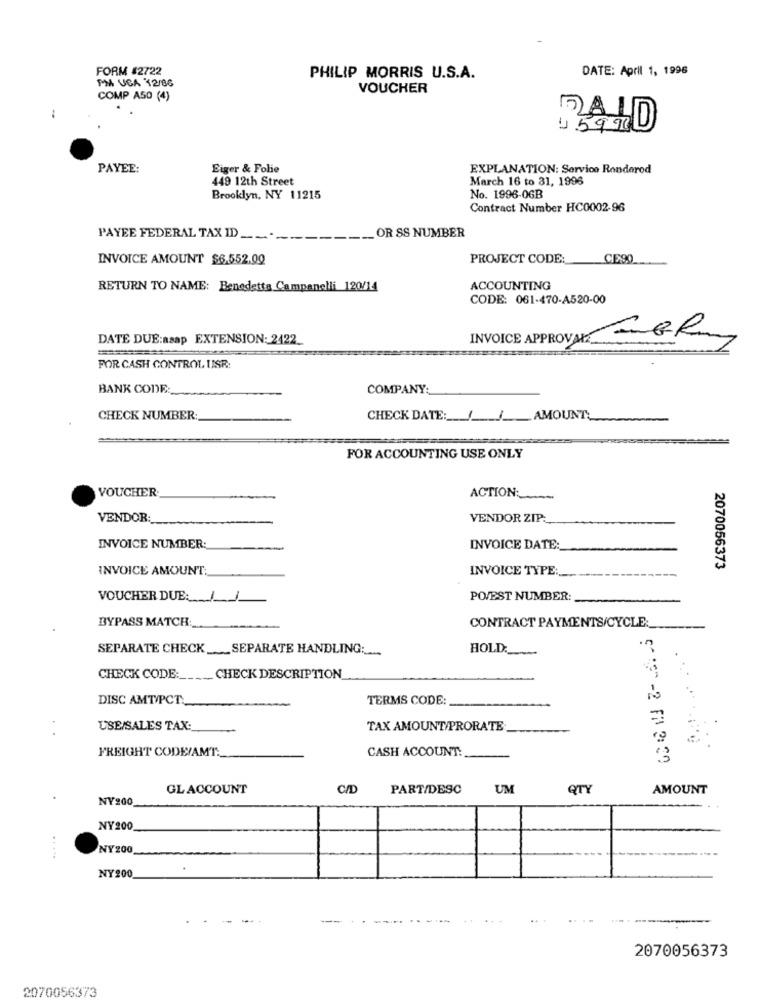
FORM #2722
DATE: April 1, 1996
PM USA 12/86
PHILIP MORRIS U.S.A.
VOUCHER
COMP ASO (4)
1
15920
PAYEE:
Eiger & Folie
EXPLANATION: Service Renderod
449 12th Street
March 16 to 31, 1996
Brooklyn, NY 11215
No. 1996-06B
Contract Number HC0002-96
_ OR SS NUMBER
PAYEE FEDERAL TAX ID _
INVOICE AMOUNT $6.552.00
PROJECT CODE:
CE90
RETURN TO NAME: Benedetta Campanelli 120/14
ACCOUNTING
CODE: 061-470-A520-00
DATE DUE:asap EXTENSION: 2422
INVOICE APPROVAL: ZER
FOR CASH CONTROL USR:
BANK CODE:
COMPANY:
CHECK NUMBER:
CHECK DATE:
I_J __ AMOUNT:
FOR ACCOUNTING USE ONLY
VOUCHER
ACTION:
VENDOR:
VENDOR ZIP:
INVOICE NUMBER:
INVOICE DATE:
INVOICE AMOUNT:
INVOICE TYPE:
2070056373
VOUCHER DUE :_
POVEST NUMBER:
BYPASS MATCH:
CONTRACT PAYMENTS/CYCLE:
SEPARATE CHECK ____ SEPARATE HANDLING :__
HOLD:
CHECK CODE:
CHECK DESCRIPTION
DISC AMT/PCT.
TERMS CODE:
USE/SALES TAX:
TAX AMOUNT/PRORATE
FREIGHT CODE/AMT.
CASH ACCOUNT:
GLACCOUNT
CID
PART/DESC
UM
QTY
AMOUNT
NY200
NY200
NY200
.....
NY200
2070056373
2070056373